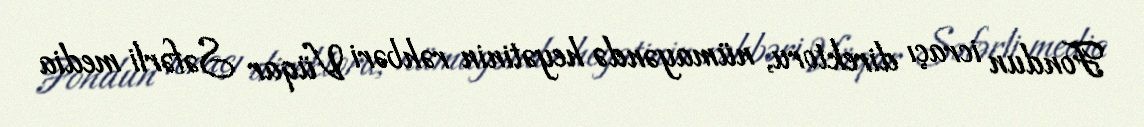
Fondun icraçı direktoru, nümayəndə heyətinin rəhbəri Vüqar Səfərli media